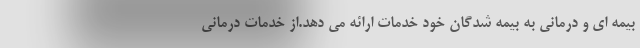
بيمه اي و درماني به بيمه شدگان خود خدمات ارائه مي دهد.از خدمات درماني